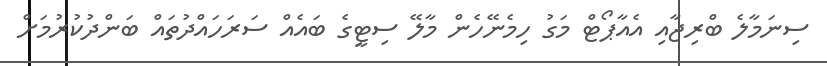
ސިނަމާލެ ބްރިޖާއި އެއާޕޯޓް މަގު ހިމެނޭހެން މާލޭ ސިޓީގެ ބައެއް ސަރަހައްދުތައް ބަންދުކުރުމަށް